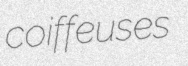
coiffeuses